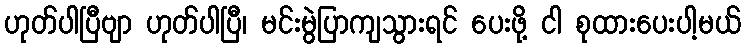
ဟုတ်ပါပြီဗျာ ဟုတ်ပါပြီ၊ မင်းမွဲပြာကျသွားရင် ပေးဖို့ ငါ စုထားပေးပါ့မယ်